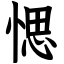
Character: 愢